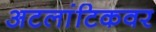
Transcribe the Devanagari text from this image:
अटलांटिकवर